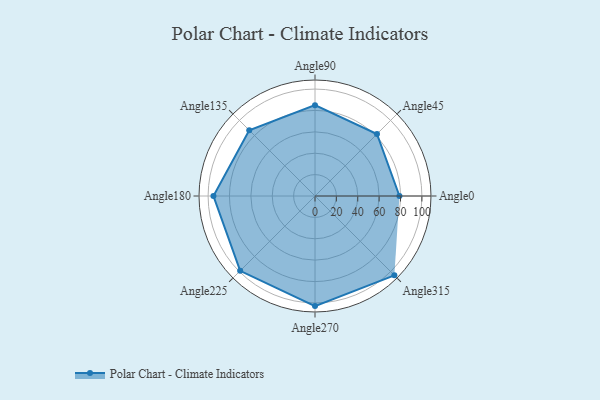
{"axis": {"x": "Angle", "y": "Radius"}, "legend": [""], "data": [{"x": "Angle0", "y": 79.0, "type": ""}, {"x": "Angle45", "y": 82.0, "type": ""}, {"x": "Angle90", "y": 85.0, "type": ""}, {"x": "Angle135", "y": 87.0, "type": ""}, {"x": "Angle180", "y": 95.0, "type": ""}, {"x": "Angle225", "y": 99.0, "type": ""}, {"x": "Angle270", "y": 103.0, "type": ""}, {"x": "Angle315", "y": 105.0, "type": ""}]}